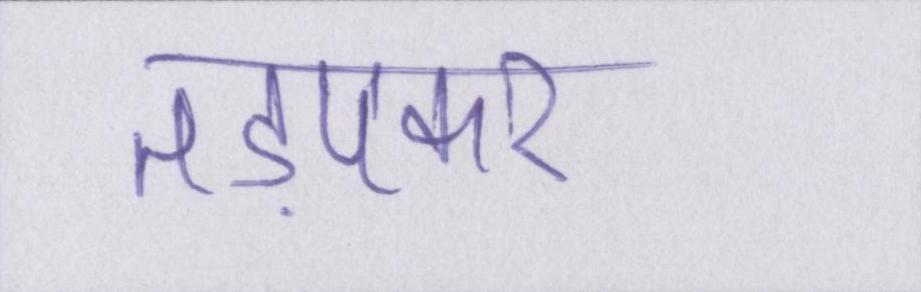
तड़पकर